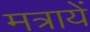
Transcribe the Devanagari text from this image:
मत्रायें